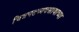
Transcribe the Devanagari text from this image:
चित्रपटव्यवसायाच्या